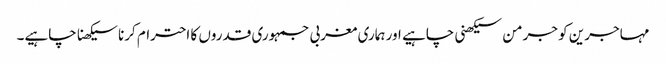
مہاجرین کو جرمن سیکھنی چاہیے اور ہماری مغربی جمہوری قدروں کا احترام کرنا سیکھنا چاہیے۔